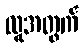
လူအတွက်